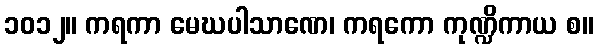
၁၀၁၂။ ကရကာ မေဃပါသာဏေ၊ ကရကော ကုဏ္ဍိကာယ စ။